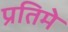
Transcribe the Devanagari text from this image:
प्रतिमे